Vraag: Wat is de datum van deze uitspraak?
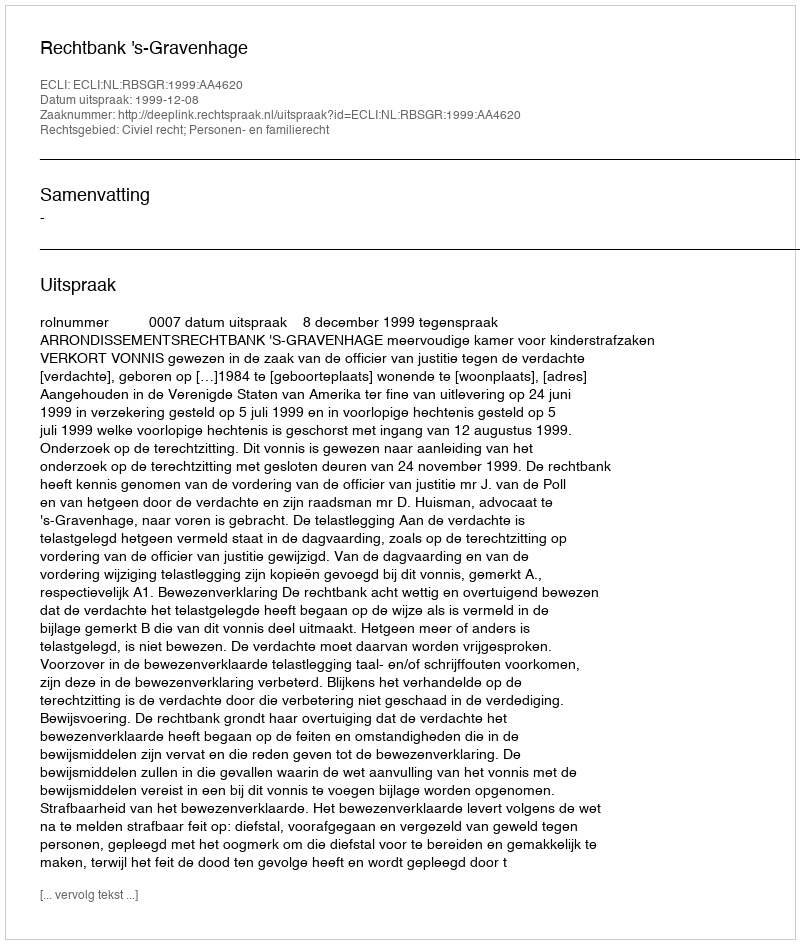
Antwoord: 1999-12-08